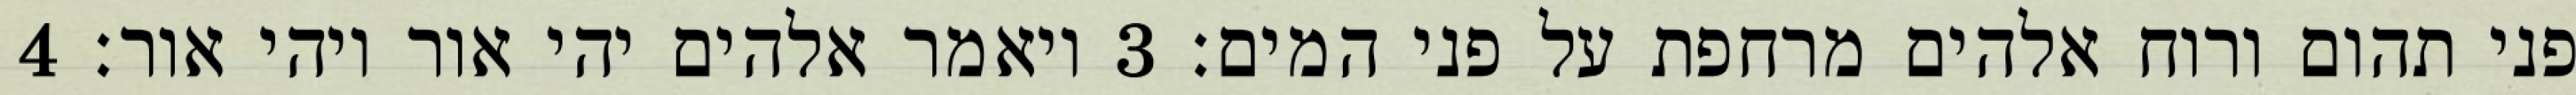
פני תהום ורוח אלהים מרחפת על פני המים׃ ‎3‏ ויאמר אלהים יהי אור ויהי אור׃ ‎4‏